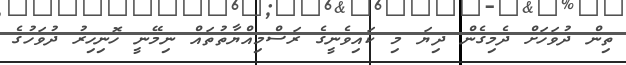
ތިން ދުވަހަށް ދެމިގެން ދިޔަ މި ކައިވެނީގެ ރަސްމިއްޔާތުތައް ނިމޭނީ ހޮނިހިރު ދުވަހުގެ